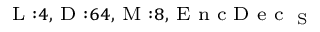
_ { \textrm { L } : 4 , \textrm { D } : 6 4 , \textrm { M } : 8 , \textrm { E n c D e c } _ { \textrm { S } } }